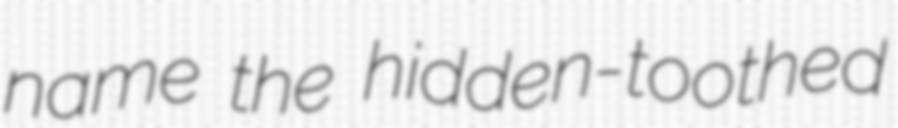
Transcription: name the hidden-toothed